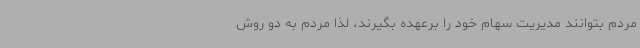
مردم بتوانند مدیریت سهام خود را برعهده بگیرند، لذا مردم به دو روش